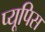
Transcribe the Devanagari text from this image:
प्यूपिस